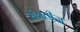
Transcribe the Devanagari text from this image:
संगतीज्ञ